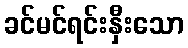
ခင်မင်ရင်းနှီးသော